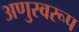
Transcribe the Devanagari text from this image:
अणुस्वरूप